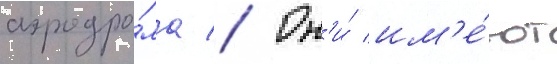
аэродро́ма // Он'и́ им'е́ют